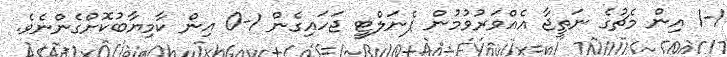
1-1 އިން މެޗުގެ ނަތީޖާ އެއްވަރުވުމުން ޕެނަލްޓީ ޖަހައިގެން 1-0 އިން ކާމިޔާބުކޮށްގެންނެވެ.